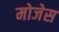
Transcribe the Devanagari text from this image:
मोजेस